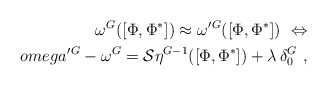
\begin{align*}\omega^G ([\Phi,\Phi^*]) \approx \omega'{}^G ([\Phi,\Phi^*])\ \Leftrightarrow\\omega'{}^G - \omega^G ={\cal S}\eta^{G-1}([\Phi,\Phi^*]) +\lambda\, \delta_0^G \ ,\end{align*}